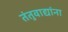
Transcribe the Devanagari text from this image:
तंतुवाद्यांना